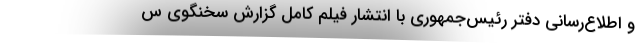
و اطلاع‌رسانی دفتر رئیس‌جمهوری با انتشار فیلم کامل گزارش سخنگوی س